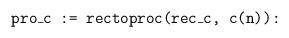
LaTeX: \begin{align*}\texttt{pro\_c := rectoproc(rec\_c, c(n)):}\end{align*}